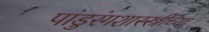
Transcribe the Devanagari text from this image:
पांडुरंगशास्स्त्रींच्या